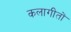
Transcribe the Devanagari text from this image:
कलागीतों